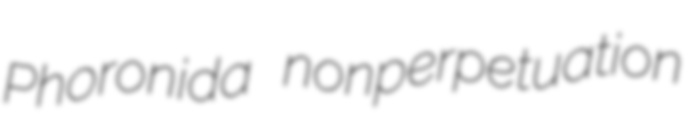
Phoronida nonperpetuation